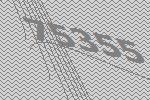
75355